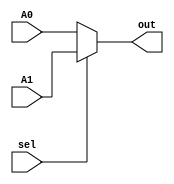
`timescale 1ns / 1ps
//////////////////////////////////////////////////////////////////////////////////
// Company: 
// Engineer: 
// 
// Design Name: 
// Module Name: mux_signext
// Project Name: 
// Target Devices: 
// Tool Versions: 
// Description: 
// 
// Dependencies: 
// 
// Revision:
// Revision 0.01 - File Created
// Additional Comments:
// 
//////////////////////////////////////////////////////////////////////////////////

//A0 when sel=0
module mux_2x1
#(parameter N = 32)
(
input [N-1:0] A0,A1,
input  sel,
output reg [N-1:0] out
);

always @ (*)
begin
    if(sel == 0)
        out = A0;
    else
        out = A1;
        
end
endmodule

//A0 when sel=0
module mux_4x2
#(parameter N = 32)
(
input [N-1:0] A0,A1,A2,A3,
input [1:0] sel,
output reg [N-1:0] out
);

always @ (*)
begin
    case(sel)
    2'b00: out = A0;
    2'b01: out = A1;
    2'b10: out = A2;
    2'b11: out = A3;
    endcase
        
end
endmodule




module sign_extend(
input [11:0] in,
output [31:0] out
);

assign out = {{20{in[11]}},in};

endmodule


module imm_generator(
input [31:0] ins,
input sw,
output [31:0] imm
);

wire [6:0] top7 = ins[31:25]; //common in store and I-format
wire [4:0] low5_sw = ins[11:7];
wire [4:0] low5_Iformat = ins[24:20];

wire [4:0] low5;

mux_2x1 #(.N(5)) imm_mux(.A0(low5_Iformat), .A1(low5_sw), .sel(sw), .out(low5));
sign_extend sign_ext(.in({top7,low5}), .out(imm));

endmodule


module imm_gen_tb;
reg [31:0] ins;
reg sw;
wire [31:0] imm;

imm_generator imm_gen(.ins(ins), .sw(sw), .imm(imm));

initial
begin
    sw = 0;
    ins = 32'h00410113;
    #10
    ins = 32'h00a10113;
    #10
    
    $finish;



end


endmodule